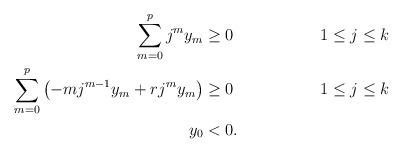
LaTeX: \begin{align*} \sum_{m=0}^p j^my_m & \geq 0 && 1\leq j \leq k \\ \sum_{m=0}^p \left(-mj^{m-1}y_m+rj^my_m\right) & \geq 0 && 1\leq j \leq k \\ y_0 & < 0. \end{align*}